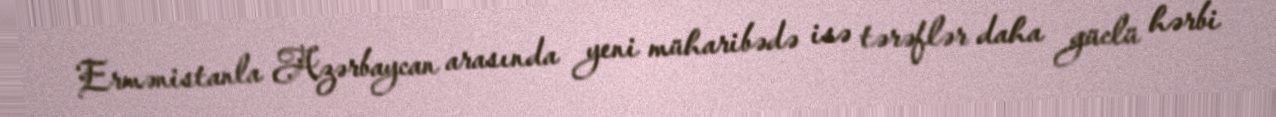
Ermənistanla Azərbaycan arasında yeni müharibədə isə tərəflər daha güclü hərbi